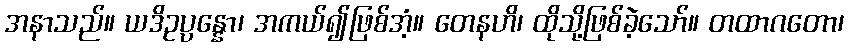
အနာသည်။ ယဒိဥပ္ပန္နော၊ အကယ်၍ဖြစ်အံ့။ တေနဟိ၊ ထိုသို့ဖြစ်ခဲ့သော်။ တထာဂတော၊